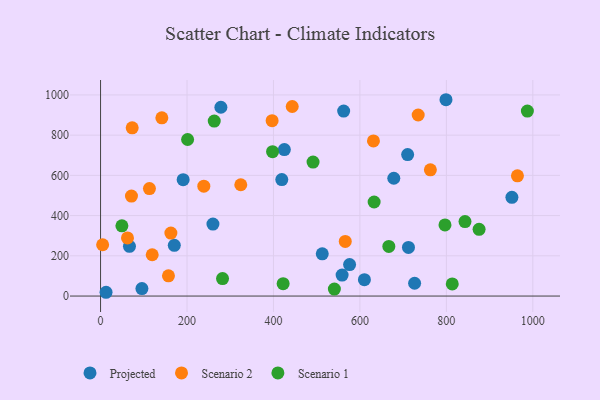
{"axis": {"x": "Investment", "y": "Rating"}, "legend": ["Projected", "Scenario 1", "Scenario 2"], "data": [{"x": "95.7", "y": 37.2, "type": "Projected"}, {"x": "170.6", "y": 252.1, "type": "Projected"}, {"x": "799.1", "y": 976.2, "type": "Projected"}, {"x": "951.6", "y": 491.0, "type": "Projected"}, {"x": "278.4", "y": 938.7, "type": "Projected"}, {"x": "512.9", "y": 210.2, "type": "Projected"}, {"x": "191.1", "y": 578.9, "type": "Projected"}, {"x": "562.4", "y": 919.8, "type": "Projected"}, {"x": "710.4", "y": 703.6, "type": "Projected"}, {"x": "66.9", "y": 247.2, "type": "Projected"}, {"x": "678.4", "y": 585.8, "type": "Projected"}, {"x": "260.0", "y": 358.0, "type": "Projected"}, {"x": "558.8", "y": 104.1, "type": "Projected"}, {"x": "576.1", "y": 156.3, "type": "Projected"}, {"x": "419.3", "y": 579.3, "type": "Projected"}, {"x": "726.5", "y": 63.7, "type": "Projected"}, {"x": "425.2", "y": 728.5, "type": "Projected"}, {"x": "610.4", "y": 81.3, "type": "Projected"}, {"x": "12.7", "y": 18.8, "type": "Projected"}, {"x": "712.3", "y": 242.0, "type": "Projected"}, {"x": "4.8", "y": 255.0, "type": "Scenario 2"}, {"x": "113.1", "y": 534.2, "type": "Scenario 2"}, {"x": "141.8", "y": 886.3, "type": "Scenario 2"}, {"x": "631.3", "y": 771.3, "type": "Scenario 2"}, {"x": "734.8", "y": 900.2, "type": "Scenario 2"}, {"x": "162.7", "y": 313.1, "type": "Scenario 2"}, {"x": "71.5", "y": 497.3, "type": "Scenario 2"}, {"x": "324.4", "y": 553.4, "type": "Scenario 2"}, {"x": "157.1", "y": 100.7, "type": "Scenario 2"}, {"x": "443.4", "y": 942.6, "type": "Scenario 2"}, {"x": "73.2", "y": 836.3, "type": "Scenario 2"}, {"x": "119.5", "y": 205.3, "type": "Scenario 2"}, {"x": "238.9", "y": 546.5, "type": "Scenario 2"}, {"x": "763.0", "y": 627.7, "type": "Scenario 2"}, {"x": "62.3", "y": 288.8, "type": "Scenario 2"}, {"x": "964.4", "y": 598.0, "type": "Scenario 2"}, {"x": "566.1", "y": 271.8, "type": "Scenario 2"}, {"x": "396.9", "y": 872.1, "type": "Scenario 2"}, {"x": "491.6", "y": 666.1, "type": "Scenario 1"}, {"x": "813.6", "y": 60.2, "type": "Scenario 1"}, {"x": "49.4", "y": 349.3, "type": "Scenario 1"}, {"x": "282.2", "y": 87.0, "type": "Scenario 1"}, {"x": "540.9", "y": 34.9, "type": "Scenario 1"}, {"x": "875.7", "y": 332.0, "type": "Scenario 1"}, {"x": "263.0", "y": 870.2, "type": "Scenario 1"}, {"x": "987.4", "y": 919.9, "type": "Scenario 1"}, {"x": "632.9", "y": 467.7, "type": "Scenario 1"}, {"x": "796.8", "y": 353.5, "type": "Scenario 1"}, {"x": "666.9", "y": 246.8, "type": "Scenario 1"}, {"x": "843.1", "y": 370.5, "type": "Scenario 1"}, {"x": "397.9", "y": 717.8, "type": "Scenario 1"}, {"x": "201.4", "y": 778.5, "type": "Scenario 1"}, {"x": "422.4", "y": 61.6, "type": "Scenario 1"}]}